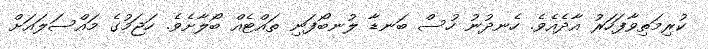
ކުރިމަތިވާފަހަރު އާދެއެވެ. ހެނދުނު ހުސް ބަނޑާ ލުނބޯފަނި ތައްޓެއް ބޯލާށެވެ. ހަޖަމުގެ މައްސަލައަށް